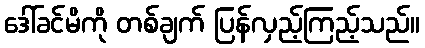
ဒေါ်ခင်မိကို တစ်ချက် ပြန်လှည့်ကြည့်သည်။